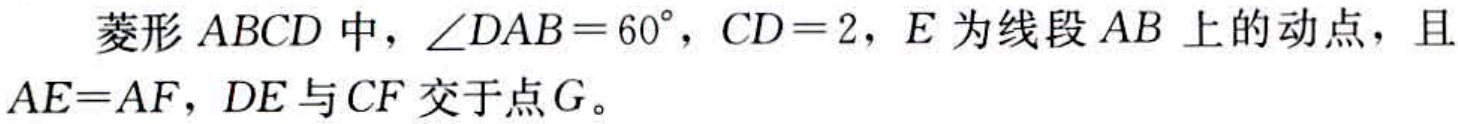
菱形 \(ABCD\) 中，\(\angle DAB = 60^{\circ}\)，\(CD = 2\)，\(E\) 为线段 \(AB\) 上的动点，且 \(AE = AF\)，\(DE\) 与 \(CF\) 交于点 \(G\)。